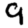
Digit: 9